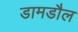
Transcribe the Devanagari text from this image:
डामडौल